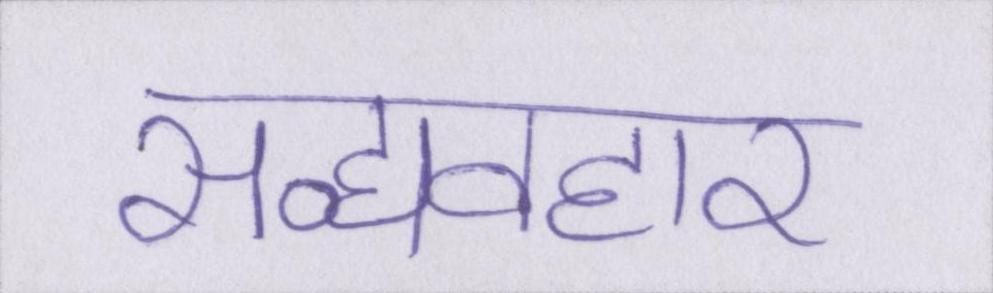
सद्व्यवहार